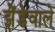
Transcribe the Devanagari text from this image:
झेंडेवाले